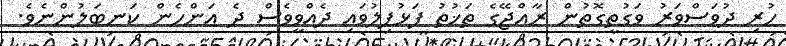
ހުރި ދުވަސްވަރު ވަގުތީގޮތުން ރާއްޖޭގެ ތަޚުތު ފަޅުފިލުވައި ދެއްވީވެސް ދެ އަންހެން ކަނބަލުންނެވެ.